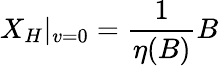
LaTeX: X_{H}|_{v=0}=\frac{1}{\eta(B)}B